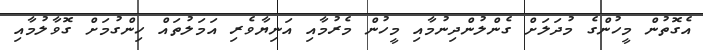
އެގޮތުން މީހުންގެ މުދަލަށް ގެންލުންދިނުމާއި މީހުން މެރުމާއި އަނިޔާވެރި އަމަލުތައް ހިންގުމަށް ގޮވާލުމާއި